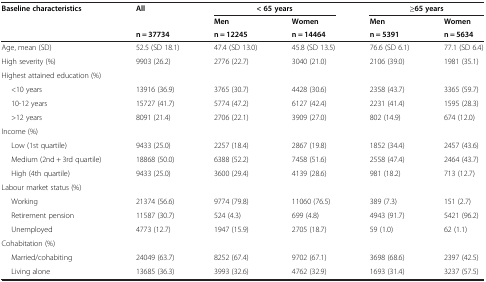
<table><thead><tr><td><b>Baseline characteristics</b></td><td><b>All</b></td><td><b>&lt; 65 years</b></td><td><b> </b></td><td><b>≥65 years</b></td><td><b> </b></td></tr><tr><td><b> </b></td><td><b> </b></td><td><b>Men</b></td><td><b>Women</b></td><td><b>Men</b></td><td><b>Women</b></td></tr><tr><td><b> </b></td><td><b>n = 37734</b></td><td><b>n = 12245</b></td><td><b>n = 14464</b></td><td><b>n = 5391</b></td><td><b>n = 5634</b></td></tr></thead><tbody><tr><td>Age, mean (SD)</td><td>52.5 (SD 18.1)</td><td>47.4 (SD 13.0)</td><td>45.8 (SD 13.5)</td><td>76.6 (SD 6.1)</td><td>77.1 (SD 6.4)</td></tr><tr><td>High severity (%)</td><td>9903 (26.2)</td><td>2776 (22.7)</td><td>3040 (21.0)</td><td>2106 (39.0)</td><td>1981 (35.1)</td></tr><tr><td colspan="2">Highest attained education (%)</td><td> </td><td> </td><td> </td><td> </td></tr><tr><td>&lt;10 years</td><td>13916 (36.9)</td><td>3765 (30.7)</td><td>4428 (30.6)</td><td>2358 (43.7)</td><td>3365 (59.7)</td></tr><tr><td>10-12 years</td><td>15727 (41.7)</td><td>5774 (47.2)</td><td>6127 (42.4)</td><td>2231 (41.4)</td><td>1595 (28.3)</td></tr><tr><td>&gt;12 years</td><td>8091 (21.4)</td><td>2706 (22.1)</td><td>3909 (27.0)</td><td>802 (14.9)</td><td>674 (12.0)</td></tr><tr><td>Income (%)</td><td> </td><td> </td><td> </td><td> </td><td> </td></tr><tr><td>Low (1st quartile)</td><td>9433 (25.0)</td><td>2257 (18.4)</td><td>2867 (19.8)</td><td>1852 (34.4)</td><td>2457 (43.6)</td></tr><tr><td>Medium (2nd + 3rd quartile)</td><td>18868 (50.0)</td><td>6388 (52.2)</td><td>7458 (51.6)</td><td>2558 (47.4)</td><td>2464 (43.7)</td></tr><tr><td>High (4th quartile)</td><td>9433 (25.0)</td><td>3600 (29.4)</td><td>4139 (28.6)</td><td>981 (18.2)</td><td>713 (12.7)</td></tr><tr><td>Labour market status (%)</td><td> </td><td> </td><td> </td><td> </td><td> </td></tr><tr><td>Working</td><td>21374 (56.6)</td><td>9774 (79.8)</td><td>11060 (76.5)</td><td>389 (7.3)</td><td>151 (2.7)</td></tr><tr><td>Retirement pension</td><td>11587 (30.7)</td><td>524 (4.3)</td><td>699 (4.8)</td><td>4943 (91.7)</td><td>5421 (96.2)</td></tr><tr><td>Unemployed</td><td>4773 (12.7)</td><td>1947 (15.9)</td><td>2705 (18.7)</td><td>59 (1.0)</td><td>62 (1.1)</td></tr><tr><td>Cohabitation (%)</td><td> </td><td> </td><td> </td><td> </td><td> </td></tr><tr><td>Married/cohabiting</td><td>24049 (63.7)</td><td>8252 (67.4)</td><td>9702 (67.1)</td><td>3698 (68.6)</td><td>2397 (42.5)</td></tr><tr><td>Living alone</td><td>13685 (36.3)</td><td>3993 (32.6)</td><td>4762 (32.9)</td><td>1693 (31.4)</td><td>3237 (57.5)</td></tr></tbody></table>